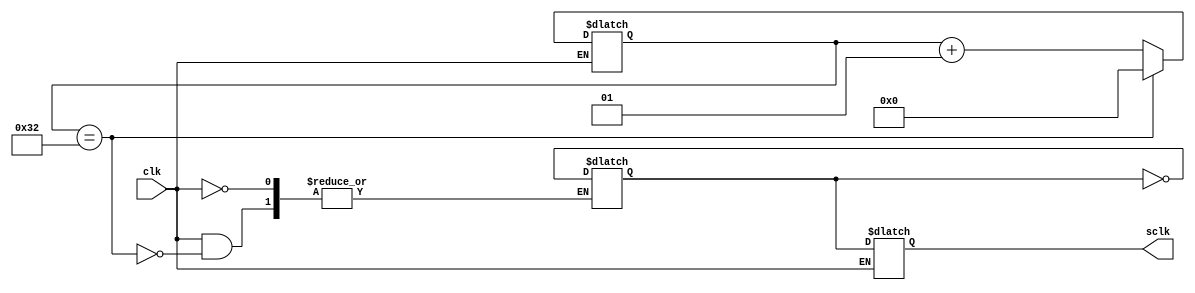
//--------------------------------------------------------------------------------
// Module Name:    clk_div
// Project Name: 
// Target Devices: 
// Description: This divides the input clock frequency into a slower
//              frequency. The frequency is set by the the MAX_COUNT
//              constant in the declarative region of the architecture. 
//
// Dependencies: 
//
// Additional Comments: 
//
//---------------------------------------------------------------------
// Module to divide the clock 
//---------------------------------------------------------------------

`timescale 1 ns / 100 ps

module clk_div2(
   input wire clk,
   output reg sclk
);

parameter MAX_COUNT = 50;
reg tmp_clk = 1'b0;
integer div_cnt = 0;

always @(clk,tmp_clk) begin : P1

   if(clk==1) begin
      if((div_cnt == MAX_COUNT)) begin
         tmp_clk <=  ~tmp_clk;
         div_cnt <= 0;
      end
      else begin
         div_cnt <= div_cnt + 1;
      end
      sclk <= tmp_clk; 
   end
end


endmodule